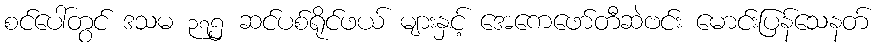
စင်ပေါ်တွင် ဒသမ ၃၇၅ ဆင်ပစ်ရိုင်ဖယ် များနှင့် အေကေဖော်တီဆဲဗင်း မောင်းပြန်သေနတ်